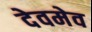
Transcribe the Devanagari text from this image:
देवमेव